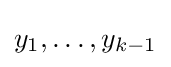
y_{1},\dots ,y_{k-1}